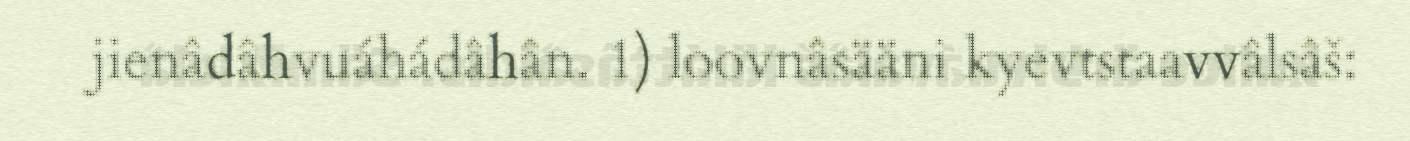
jienâdâhvuáhádâhân. 1) loovnâsääni kyevtstaavvâlsâš: